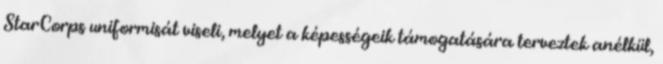
StarCorps uniformisát viseli, melyet a képességeik támogatására terveztek anélkül,